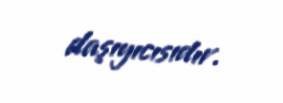
daşıyıcısıdır.